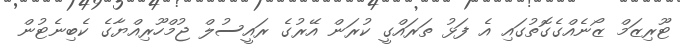
ޓޫރިޒަމް ޒޯނެއްގެގޮތުގައި އެ ފަޅު ތަރައްގީ ކުރަން އޭރުގެ ރައީސުލް ޖުމްހޫރިއްޔާގެ ކެބިނެޓުން